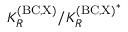
K _ { R } ^ { \mathrm { ( B C , X ) } } / { K _ { R } ^ { \mathrm { ( B C , X ) } } } ^ { * }